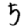
Digit: 5